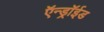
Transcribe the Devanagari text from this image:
ऍन्ड्रॉईड